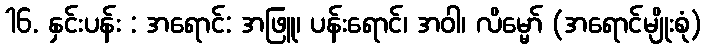
16. နှင်းပန်း : အရောင်: အဖြူ၊ ပန်းရောင်၊ အဝါ၊ လိမ္မော် (အရောင်မျိုးစုံ)